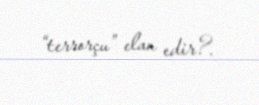
“terrorçu” elan edir?.